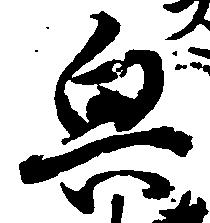
興